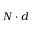
N \cdot d